Indian journal of veterinary science and animal husbandry - Volumes 15-17, 1948-1951
Year: 1948
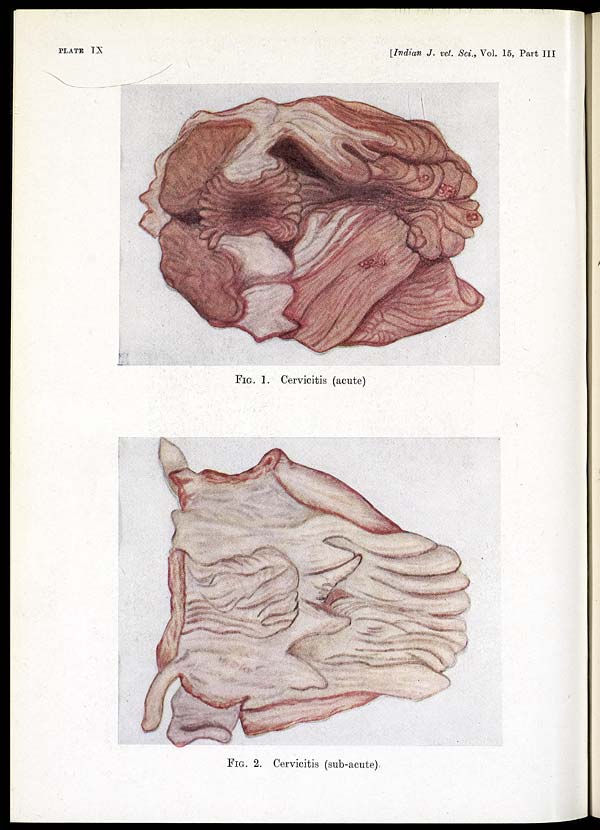
PLATE IX
[Indian J. vet. Sci., Vol. 15, Part III
FIG. 1. Cervicitis (acute)
FIG. 2. Cervicitis (sub-acute).